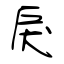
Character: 戾